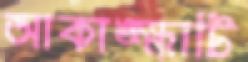
আকাঙ্ক্ষাটি